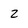
Character: 2